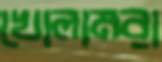
খোলামরা